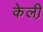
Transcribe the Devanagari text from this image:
केली़